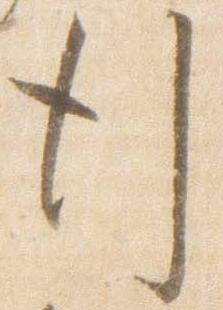
行